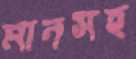
মানসহ